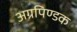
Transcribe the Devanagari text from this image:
अग्रपिण्डक